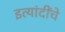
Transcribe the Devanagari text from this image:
इत्यांदींचे